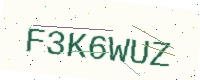
Text: F3K6WUZ